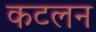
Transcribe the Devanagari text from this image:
कटलन